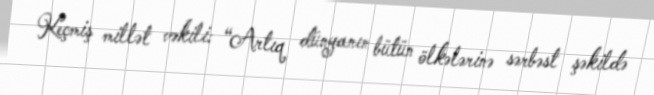
Keçmiş millət vəkili: “Artıq dünyanın bütün ölkələrinə sərbəst şəkildə